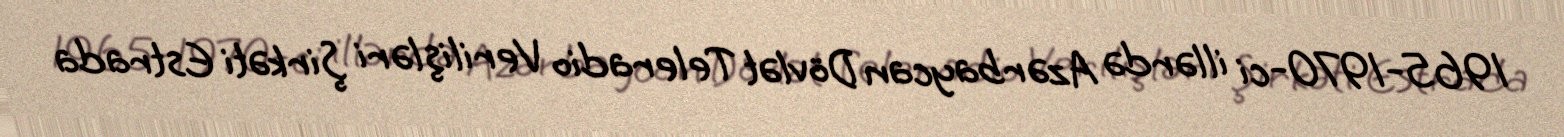
1965-1970-ci illərdə Azərbaycan Dövlət Teleradio Verilişləri Şirkəti Estrada